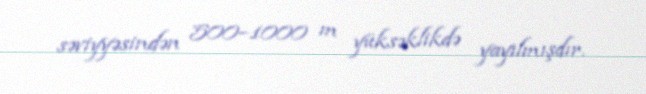
səviyyəsindən 500–1000 m yüksəklikdə yayılmışdır.